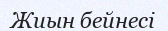
Жиын бейнесі